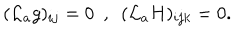
LaTeX: ( { \cal L } _ { a } g ) _ { i j } = 0 \ \ , \ \ ( { \cal L } _ { a } H ) _ { i j k } = 0 .